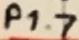
Text: P1.7